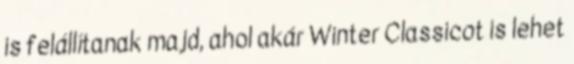
is felállítanak majd, ahol akár Winter Classicot is lehet